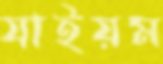
যাইয়ম